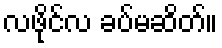
လဖိုင်လ ခပ်မဆိတ်။